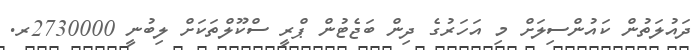
ދައުލަތުން ކައުންސިލަށް މި އަހަރުގެ ދިން ބަޖެޓުން ޕްރީ ސްކޫލްތަކަށް ލިބުނީ 2730000ރ.